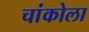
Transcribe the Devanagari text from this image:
चांकोला